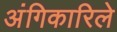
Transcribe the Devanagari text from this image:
अंगिकारिले